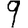
Digit: 9